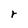
Character: r